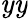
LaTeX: \mathit{y}\mathit{y}